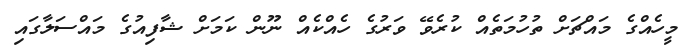
މީހެއްގެ މައްޗަށް ތުހުމަތެއް ކުރެވޭ ވަރުގެ ހެއްކެއް ނޫން ކަމަށް ޝާފިއުގެ މައްސަލާގައި